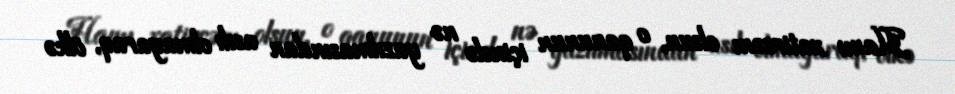
Hamı xatircəm olsun, o qanunun içində nə yazılmasından asılı olmayaraq, ölkə